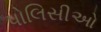
પોલિસીઓ